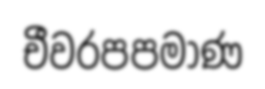
චීවරපපමාණ